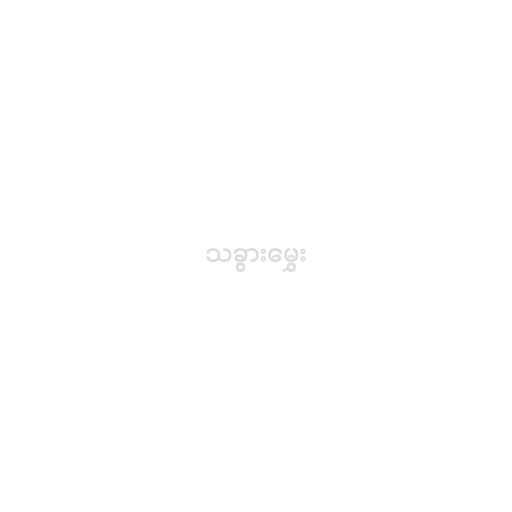
သခွားမွှေး